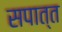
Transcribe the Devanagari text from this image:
सपात्त